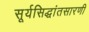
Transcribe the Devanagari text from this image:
सूर्यसिद्धांतसारणी